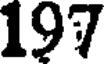
197